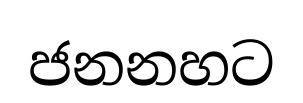
ජනනහට